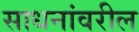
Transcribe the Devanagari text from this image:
साधनांवरील